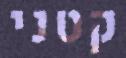
קטני